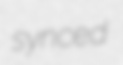
synced